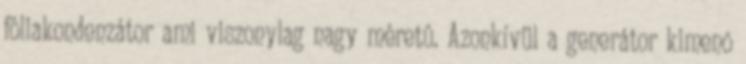
fóliakondenzátor ami viszonylag nagy méretû. Azonkívül a generátor kimenõ